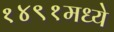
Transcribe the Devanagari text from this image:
१४९१मध्ये